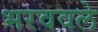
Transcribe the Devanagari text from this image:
भरववले